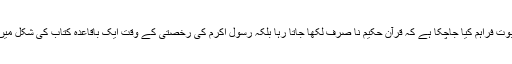
اس بات کا ثبوت فراہم کیا جاچکا ہے کہ قرآن حکیم نا صرف لکھا جاتا رہا بلکہ رسول اکرم کی رخصتی کے وقت ایک باقاعدہ کتاب کی شکل میں موجود تھا ۔